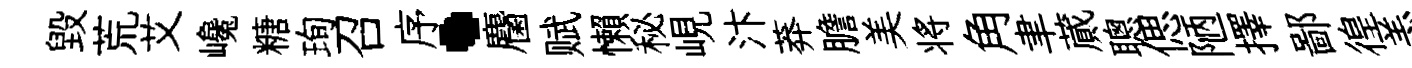
毀荒艾巉糖珣召序·麕赋懶秘峴汴莽膽美将角聿蕆聰偲陋擇鄙徨恙